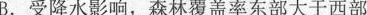
B.受降水影响，森林覆盖率东部大于西部